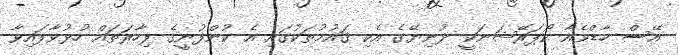
އޭސް ހާޑްވެއާ ކޯޕަރޭޝަނަކީ ދުނިޔޭގެ އެކި ޤައުމުތަކުގައި އެ ކުންފުނީގެ ފިހާރަތައް ހުޅުވާފައިވާ